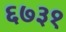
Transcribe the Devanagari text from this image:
६७३१